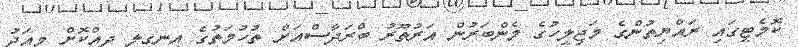
ކޮމެޓީގައި ރައްޔިތުންގެ މަޖިލީހުގެ މެންބަރުން އަރުތޫރު ބްރަދާސްއަށް ތުހުމަތުގެ އިނގިލި ދިއްކޮށް މިއަދު